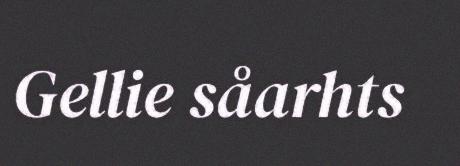
Gellie såarhts